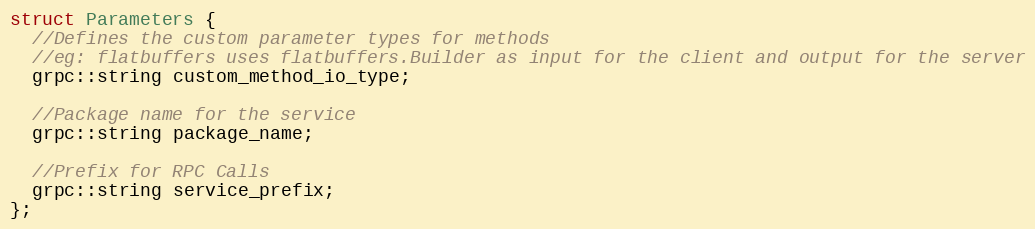
Language: C
struct Parameters {
  //Defines the custom parameter types for methods
  //eg: flatbuffers uses flatbuffers.Builder as input for the client and output for the server
  grpc::string custom_method_io_type;

  //Package name for the service
  grpc::string package_name;

  //Prefix for RPC Calls
  grpc::string service_prefix;
};